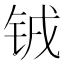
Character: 𫓰